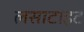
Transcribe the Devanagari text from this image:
लसाटाइट